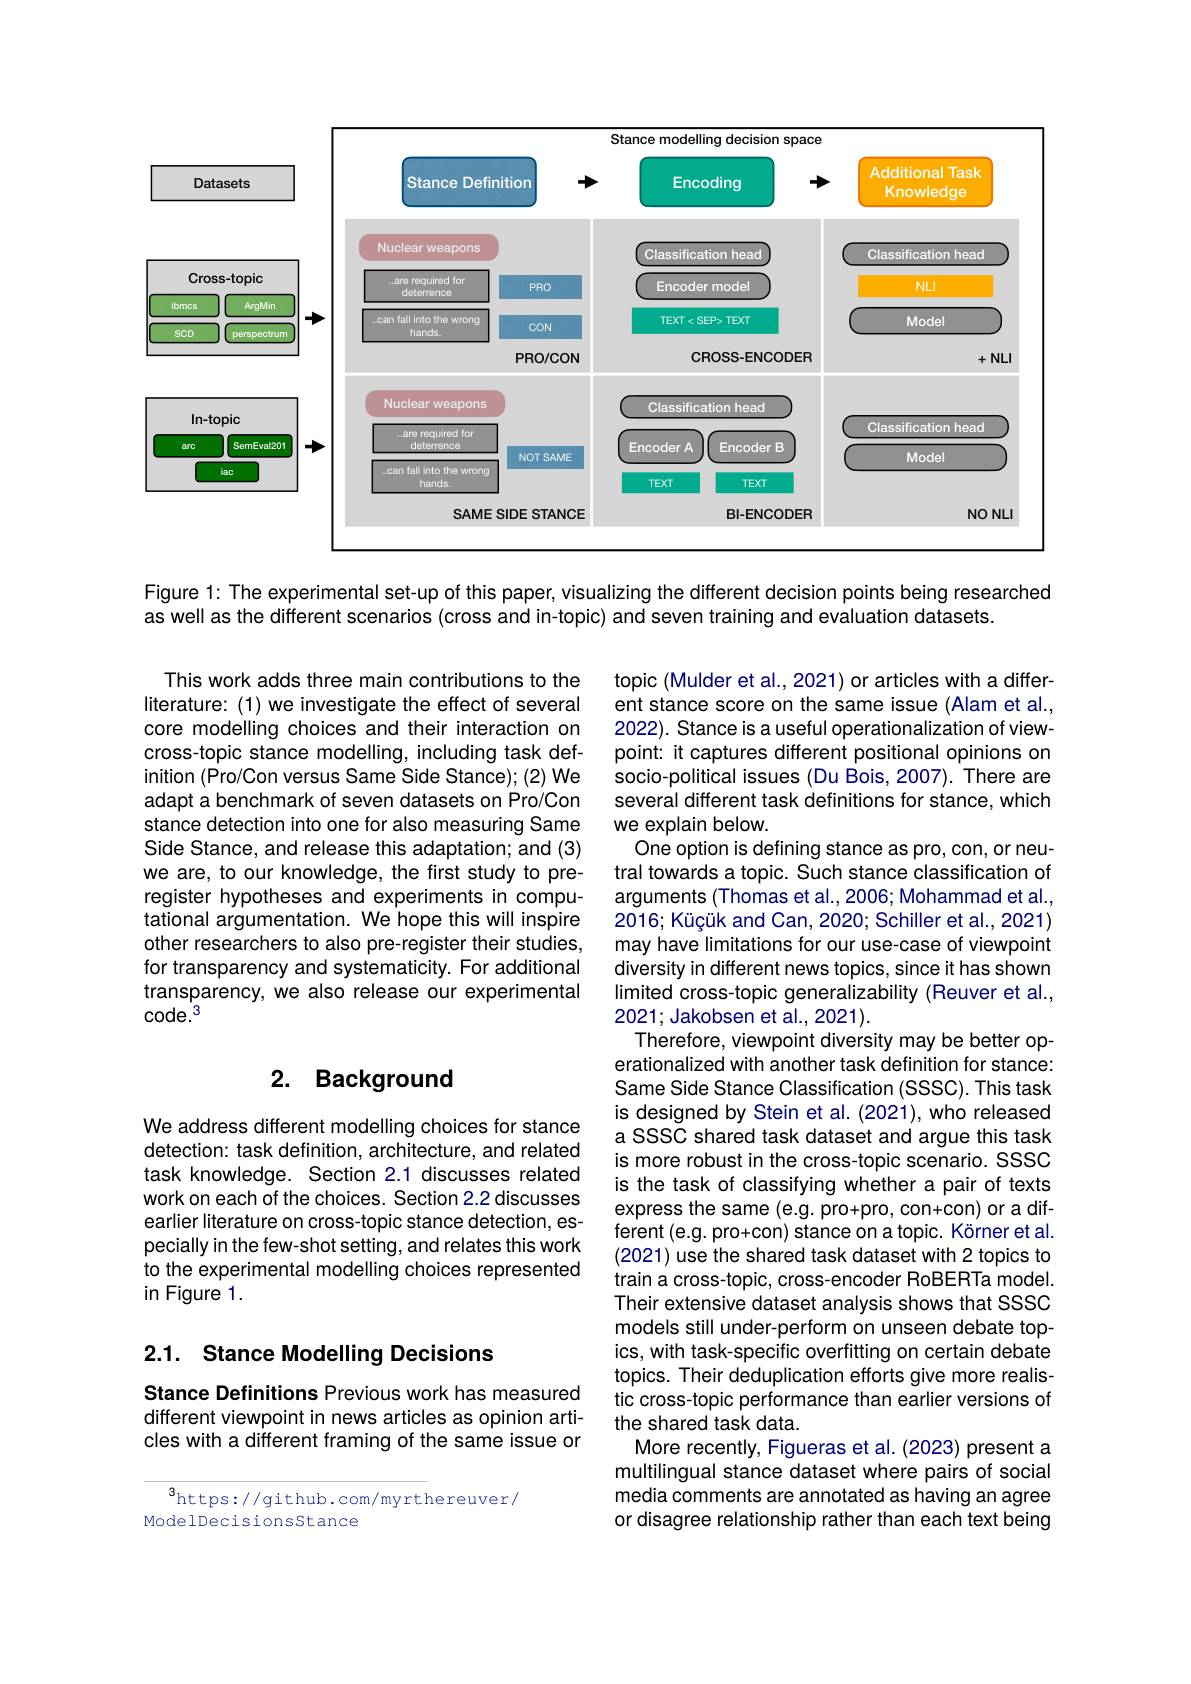
<FigureHere>

Figure 1: The experimental set-up of this paper, visualizing the different decision points being researched
as well as the different scenarios (cross and in-topic) and seven training and evaluation datasets.

This work adds three main contributions to the literature: (1) we investigate the effect of several core modelling choices and their interaction on cross-topic stance modelling, including task definition (Pro/Con versus Same Side Stance); (2) We adapt a benchmark of seven datasets on Pro/Con stance detection into one for also measuring Same Side Stance, and release this adaptation; and (3) we are, to our knowledge, the first study to preregister hypotheses and experiments in computational argumentation. We hope this will inspire other researchers to also pre-register their studies, for transparency and systematicity. For additional transparency, we also release our experimental $code.^3$

## 2. Background

topic (Mulder et al., 2021) or articles with a different stance score on the same issue (Alam et al., 2022). Stance is a useful operationalization of viewpoint: it captures different positional opinions on socio-political issues (Du Bois, 2007). There are several different task definitions for stance, which we explain below.
One option is defining stance as pro, con, or neutral towards a topic. Such stance classification of arguments (Thomas et al., 2006; Mohammad et al., 2016; Küçük and Can, 2020; Schiller et al., 2021) may have limitations for our use-case of viewpoint diversity in different news topics, since it has shown limited cross-topic generalizability (Reuver et al., 2021; Jakobsen et al., 2021).
Therefore, viewpoint diversity may be better operationalized with another task definition for stance: Same Side Stance Classification (SSSC). This task is designed by Stein et al. (2021), who released a SSSC shared task dataset and argue this task is more robust in the cross-topic scenario. SSSC is the task of classifying whether a pair of texts express the same (e.g. pro+pro, con+con) or a different (e.g. pro+con) stance on a topic. Körner et al. (2021) use the shared task dataset with 2 topics to train a cross-topic, cross-encoder RoBERTa model Their extensive dataset analysis shows that SSSC models still under-perform on unseen debate topics, with task-specific overfitting on certain debate topics. Their deduplication efforts give more realistic cross-topic performance than earlier versions of the shared task data.
More recently, Figueras et al. (2023) present a multilingual stance dataset where pairs of social media comments are annotated as having an agree or disagree relationship rather than each text being

We address different modelling choices for stance detection: task definition, architecture, and related task knowledge. Section 2.1 discusses related work on each of the choices. Section 2.2 discusses earlier literature on cross-topic stance detection, especially in the few-shot setting, and relates this work to the experimental modelling choices represented in Figure 1.

## 2.1. Stance Modelling Decisions

Stance Definitions Previous work has measured different viewpoint in news articles as opinion articles with a different framing of the same issue or

$^3$https://github.com/myrthereuver/
ModelDecisionsStance